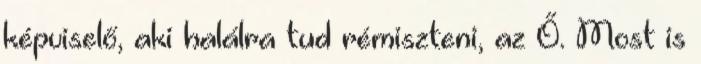
képviselő, aki halálra tud rémiszteni, az Ő. Most is